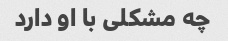
چه مشکلی با او دارد